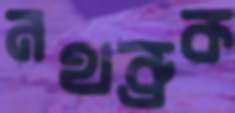
নথব্রুক